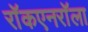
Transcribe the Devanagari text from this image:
राॅकएनराॅला